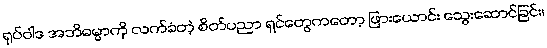
ရုပ်ဝါဒ အဘိဓမ္မာကို လက်ခံတဲ့ စိတ်ပညာ ရှင်တွေကတော့ ဖြားယောင်း သွေးဆောင်ခြင်း၊